Leprosy in India: report of the Leprosy Commission in India, 1890-91
Year: 1890
Disease focus: Leprosy
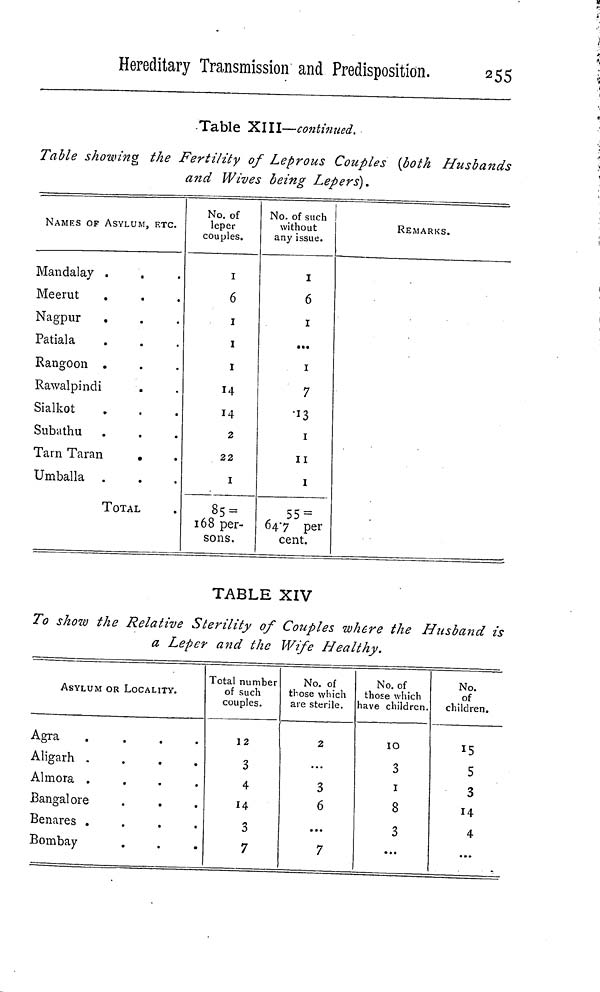
Hereditary Transmission and Predisposition.
255
Table XIII—continued.
Table showing the Fertility of Leprous Couples (both Husbands
and Wives being Lepers).
NAMES OF ASYLUM, ETC.
Mandalay .
Meerut
Nagpur
Patiala
.
Rangoon .
Rawalpindi
Sialkot
Subathu
Tarn Taran
Umballa .
.
TOTAL
No. of
leper
couples.
1
6
1
1
1
14
2
22
1
85 =
168 per-
sons.
No. of such
without
any issue.
1
6
1
...
1
7
1
11
1
55 =
647 per
cent.
REMARKS.
TABLE XIV
To show the Relative Sterility of Couples where the Husband is
a Leper and the Wife Healthy.
ASYLUM OR LOCALITY.
A g r a
....
A l i g a r h
....
A l m o r a
....
B a n g a l o r e
B e n a r e s
....
B o m b a y
Total number
of such
couples.
12
3
4
14
3
7
No. of
those which
are sterile.
2
...
3
6
...
7
No. of
those which
have children.
10
3
1
8
3
...
No.
of
children.
15
5
3
14
4
...